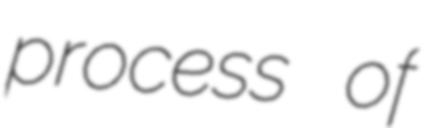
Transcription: process of